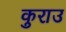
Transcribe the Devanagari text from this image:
कुराउ